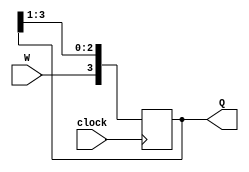
module shift_reg(clock,W,Q); 
input clock,W; 
output reg[3:0]Q; 
always@(negedge clock) 
begin 
 Q[3]<=W; 
 Q[2]<=Q[3]; 
 Q[1]<=Q[2]; 
 Q[0]<=Q[1]; 
end 
endmodule